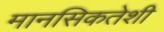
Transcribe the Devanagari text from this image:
मानसिकतेशी